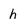
Character: h